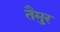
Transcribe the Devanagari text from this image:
तैमु्र